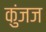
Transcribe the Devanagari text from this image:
कुंजज